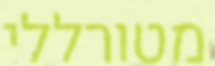
מטורללי